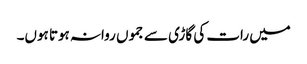
میں رات کی گاڑی سے جموں روانہ ہوتا ہوں۔